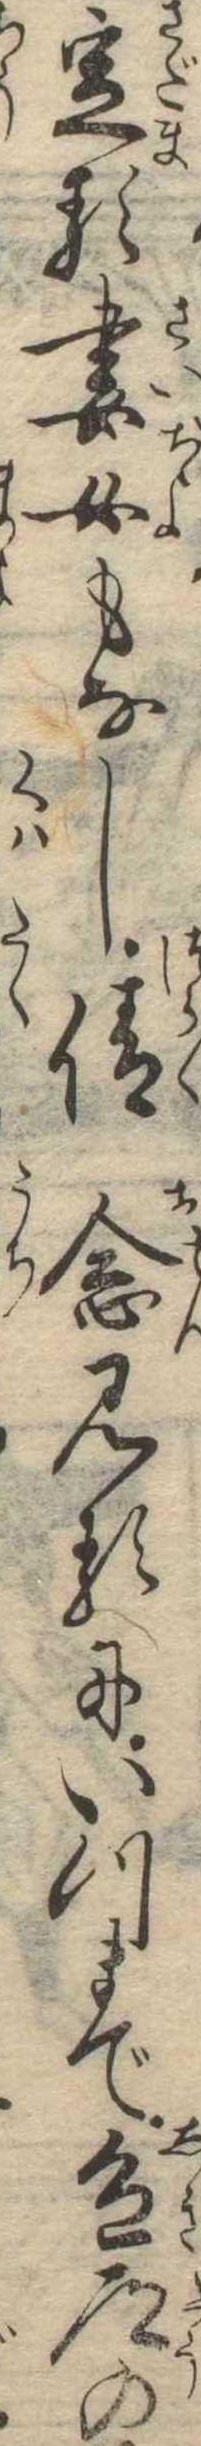
定る妻女もなし倩念見るにいつまで色道の